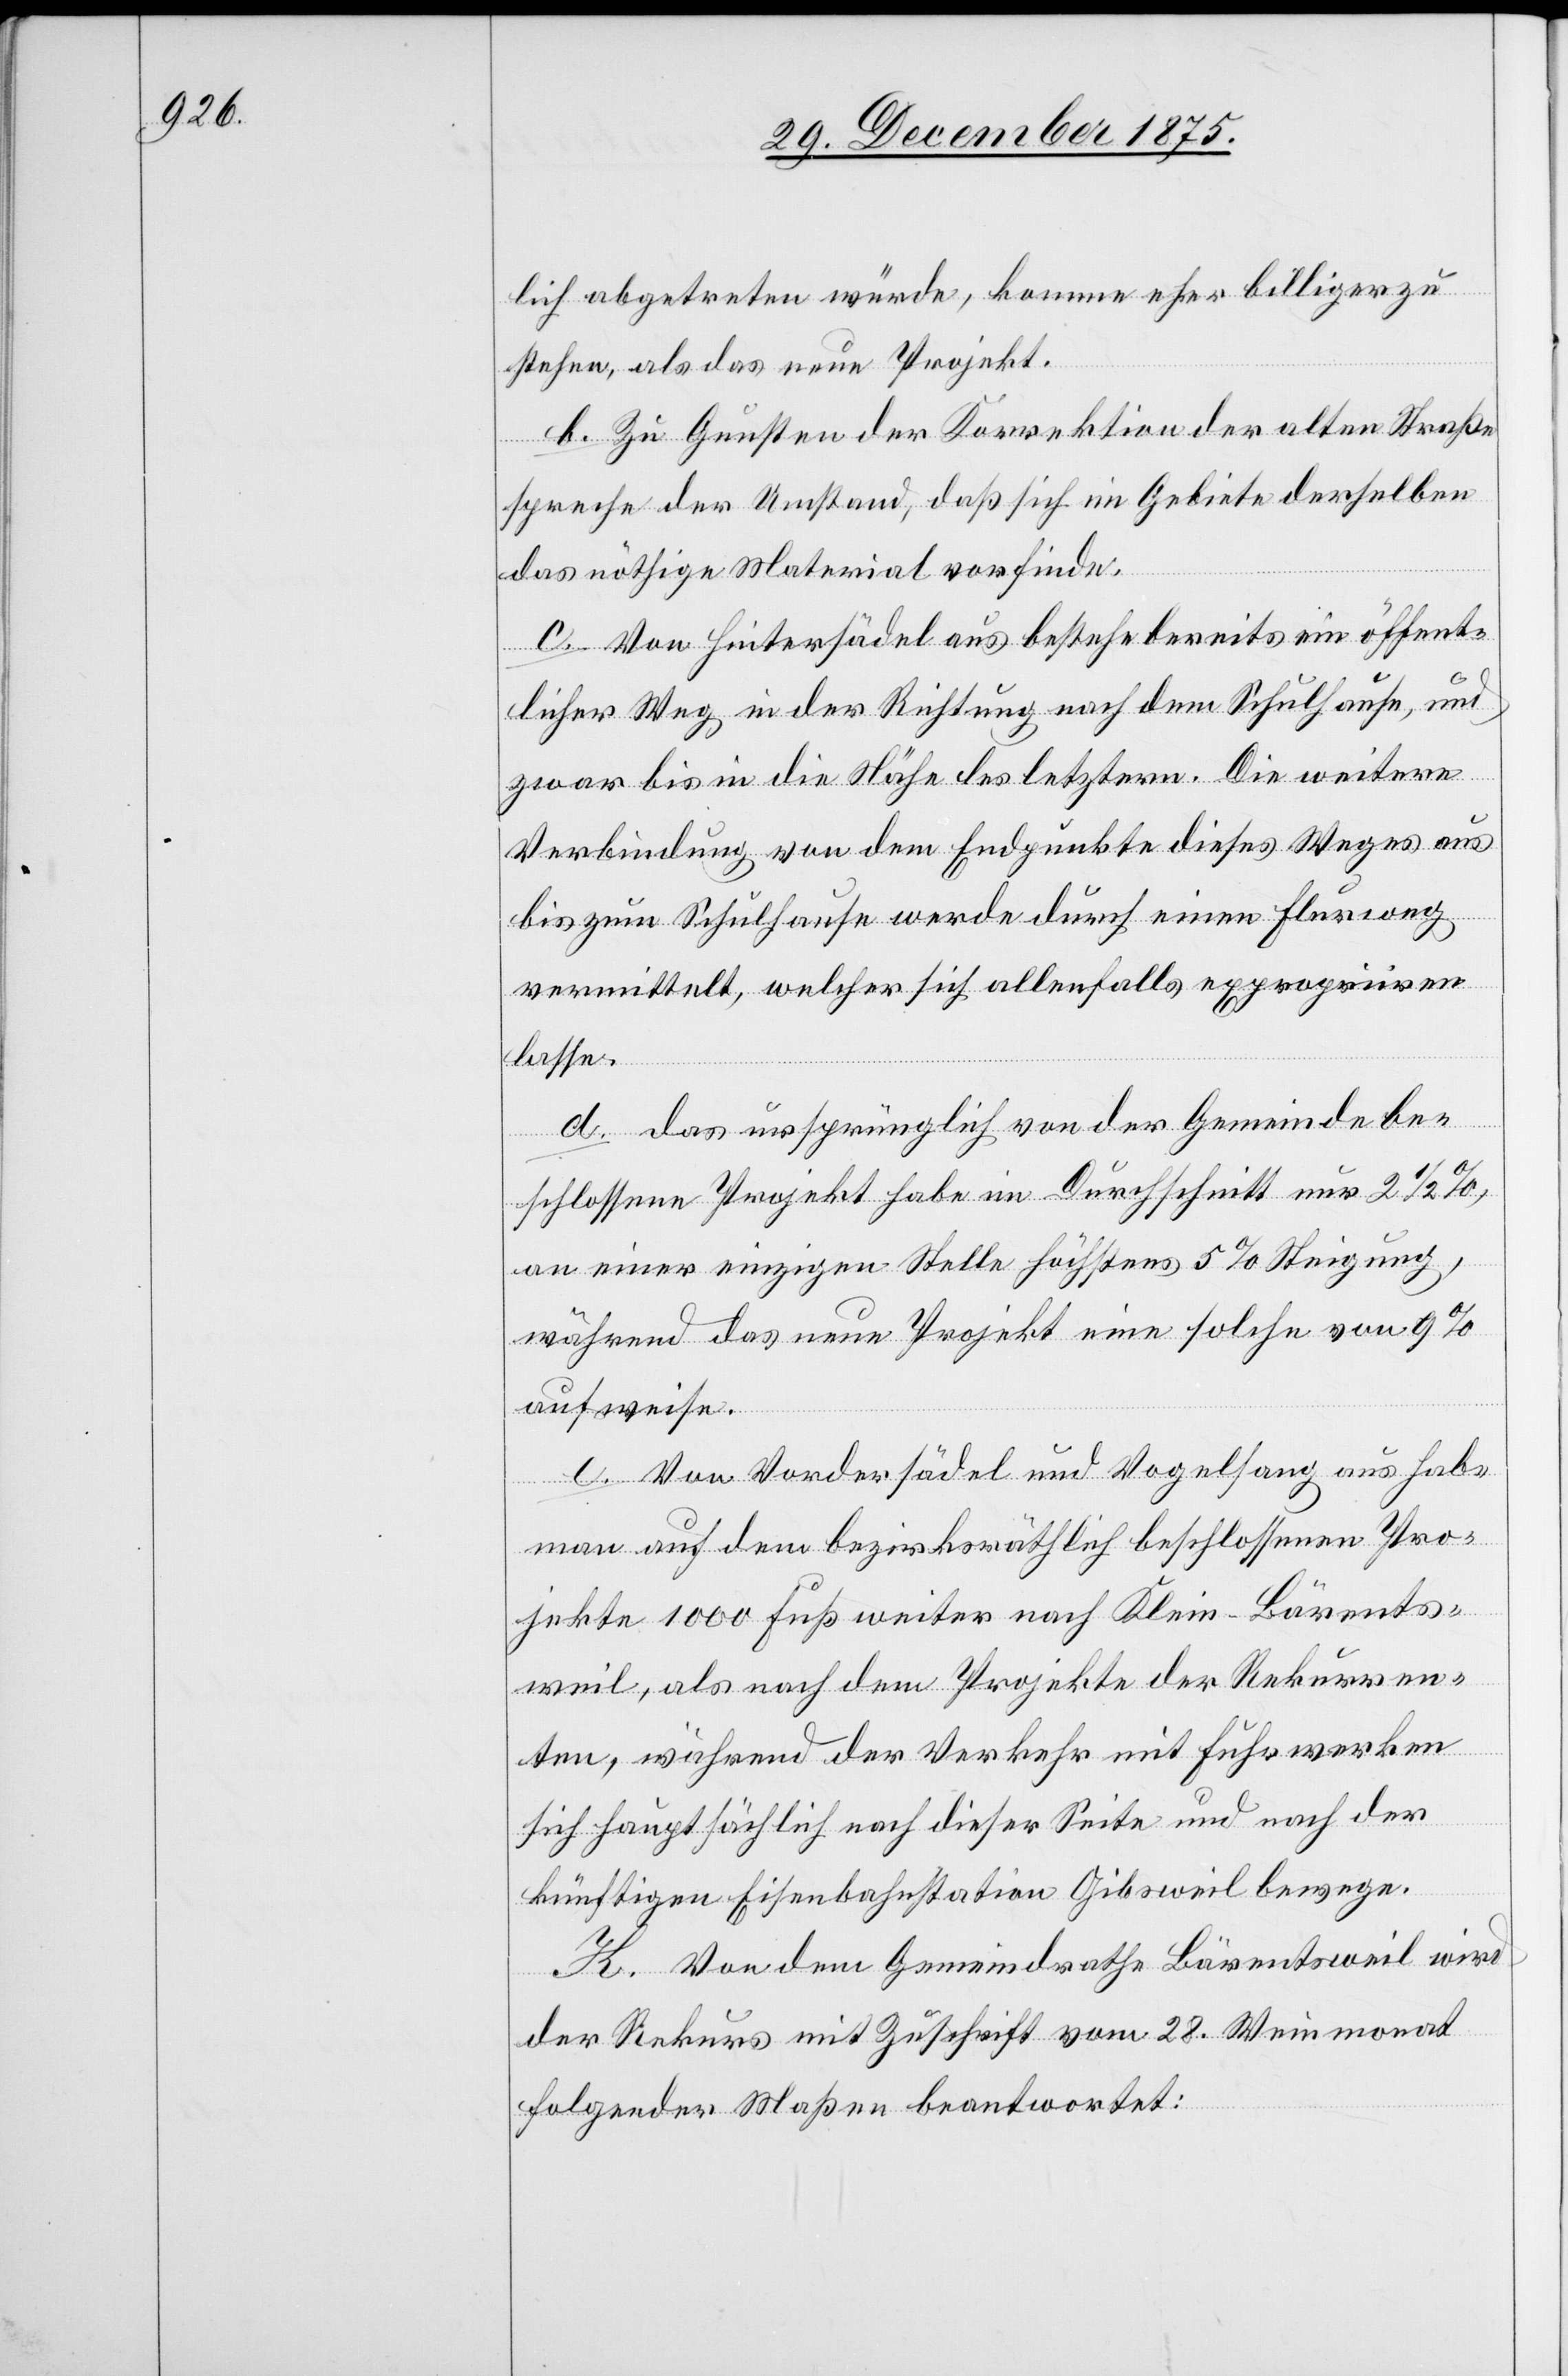
lich abgetreten würde, komme eher billiger zu
stehen, als das neue Projekt.
b. Zu Gunsten der Korrektion der alten Straße
spreche der Umstand, daß sich im Gebiete derselben
das nöthige Material vorfinde.
c. Von Hintersädel aus bestehe bereits ein öffent¬
licher Weg in der Richtung nach dem Schulhause, und
zwar bis in die Nähe des letztern. Die weitere
Verbindung von dem Endpunkte dieses Weges aus
bis zum Schulhause werde durch einen Flurweg
vermittelt, welcher sich allenfalls expropriiren
lasse.
d. das ursprünglich von der Gemeinde be¬
schlossene Projekt habe im Durchschnitt nur 2 1/2%,
an einer einzigen Stelle höchstens 5% Steigung,
während das neue Projekt eine solche von 9%
aufweise.
e. Von Vordersädel und Vogelsang aus habe
man auf dem bezirksräthlich beschlossenen Pro¬
jekte 1000 Fuß weiter nach Klein-Bärets¬
weil, als nach dem Projekte der Rekurren¬
ten, während der Verkehr mit Fuhrwerken
sich hauptsächlich nach dieser Seite und nach der
künftigen Eisenbahnstation Gibsweil bewege.
K. Von dem Gemeindrathe Bärentsweil wird
der Rekurs mit Zuschrift vom 28. Weinmonat
folgender Maßen beantwortet: